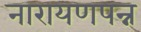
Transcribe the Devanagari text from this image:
नारायणपन्न